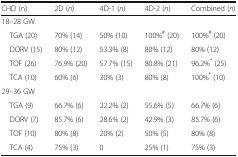
<table><thead><tr><td><b>CHD (n)</b></td><td><b>2D (<i>n</i>)</b></td><td><b>4D-1 (<i>n</i>)</b></td><td><b>4D-2 (<i>n</i>)</b></td><td><b>Combined (<i>n</i>)</b></td></tr></thead><tbody><tr><td>18–28 GW</td><td></td><td></td><td></td><td></td></tr><tr><td> TGA (20)</td><td>70% (14)</td><td>50% (10)</td><td>100%<sup>#</sup> (20)</td><td>100%<sup>#</sup> (20)</td></tr><tr><td> DORV (15)</td><td>80% (12)</td><td>53.3% (8)</td><td>80% (12)</td><td>80% (12)</td></tr><tr><td> TOF (26)</td><td>76.9% (20)</td><td>57.7% (15)</td><td>80.8% (21)</td><td>96.2%<sup>*</sup> (25)</td></tr><tr><td> TCA (10)</td><td>60% (6)</td><td>30% (3)</td><td>80% (8)</td><td>100%<sup>*</sup> (10)</td></tr><tr><td>29–36 GW</td><td></td><td></td><td></td><td></td></tr><tr><td> TGA (9)</td><td>66.7% (6)</td><td>22.2% (2)</td><td>55.6% (5)</td><td>66.7% (6)</td></tr><tr><td> DORV (7)</td><td>85.7% (6)</td><td>28.6% (2)</td><td>42.9% (3)</td><td>85.7% (6)</td></tr><tr><td> TOF (10)</td><td>80% (8)</td><td>20% (2)</td><td>50% (5)</td><td>80% (8)</td></tr><tr><td> TCA (4)</td><td>75% (3)</td><td>0</td><td>25% (1)</td><td>75% (3)</td></tr></tbody></table>